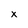
Character: x